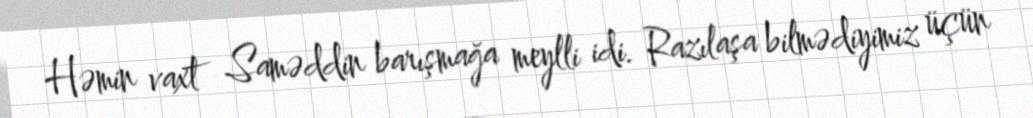
Həmin vaxt Saməddin barışmağa meylli idi. Razılaşa bilmədiyimiz üçün